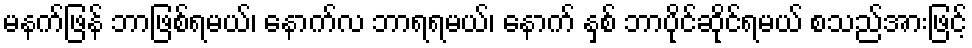
မနက်ဖြန် ဘာဖြစ်ရမယ်၊ နောက်လ ဘာရရမယ်၊ နောက် နှစ် ဘာပိုင်ဆိုင်ရမယ် စသည်အားဖြင့်